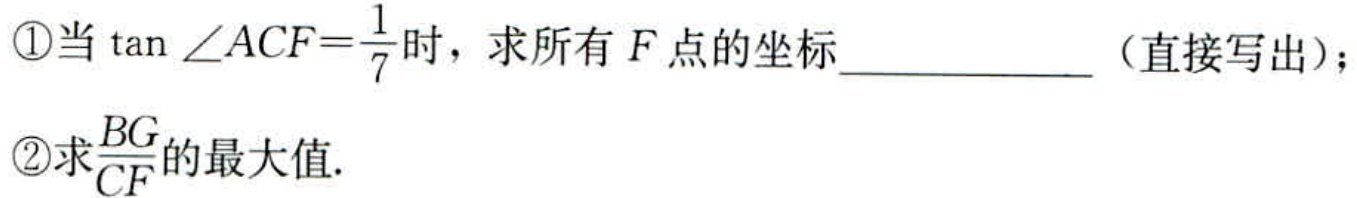
\textcircled{1}当$\tan\angle ACF = \frac{1}{7}$时，求所有$F$点的坐标____________（直接写出）；
\textcircled{2}求$\frac{BG}{CF}$的最大值.